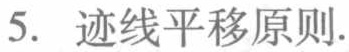
5. 迹线平移原则.